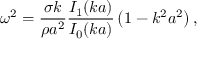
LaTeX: \omega ^ { 2 } = { \frac { \sigma k } { \rho a ^ { 2 } } } { \frac { I _ { 1 } ( k a ) } { I _ { 0 } ( k a ) } } \left( 1 - k ^ { 2 } a ^ { 2 } \right) ,